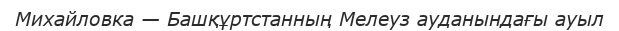
Михайловка — Башқұртстанның Мелеуз ауданындағы ауыл